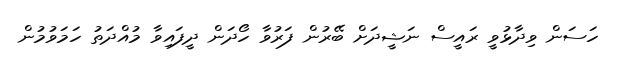
ހަސަން ވިދާޅުވީ ރައީސް ނަޝީދަށް ބޭރުން ފަރުވާ ހޯދަން ދީފައިވާ މުއްދަތު ހަމަވުމުން